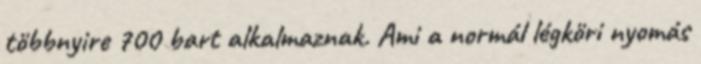
többnyire 700 bart alkalmaznak. Ami a normál légköri nyomás